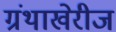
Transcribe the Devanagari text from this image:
ग्रंथाखेरीज